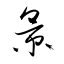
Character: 景